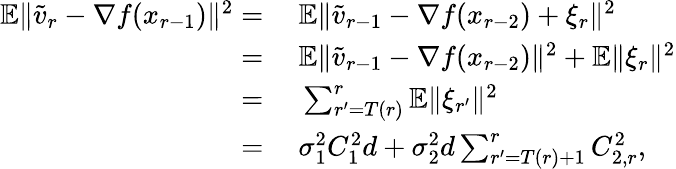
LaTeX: \begin{array}{rl}{\mathbb{E}\| \widetilde v_{r}-\nabla f(x_{r-1})\| ^{2}=}&{\ \mathbb{E}\| \widetilde v_{r-1}-\nabla f(x_{r-2})+\xi_{r}\| ^{2}}\\ {=}&{\ \mathbb{E}\| \widetilde v_{r-1}-\nabla f(x_{r-2})\| ^{2}+\mathbb{E}\| \xi_{r}\| ^{2}}\\ {=}&{\ \sum_{r^{\prime}=T(r)}^{r}\mathbb{E}\| \xi_{r^{\prime}}\| ^{2}}\\ {=}&{\ \sigma_{1}^{2}C_{1}^{2}d+\sigma_{2}^{2}d\sum_{r^{\prime}=T(r)+1}^{r}C_{2,r}^{2},}\end{array}